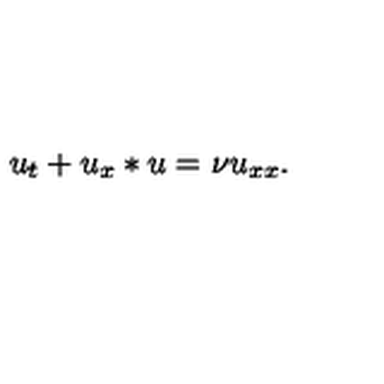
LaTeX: u _ { t } + u _ { x } * u = \nu u _ { x x } .